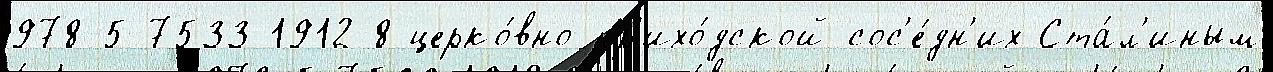
978-5-7533-1912-8 церко́вно-пр'ихо́дской сос'е́дн'их Ста́л'иным